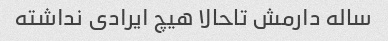
ساله دارمش تاحالا هیچ ایرادی نداشته